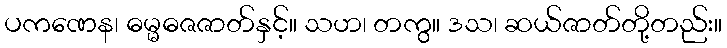
ပကဏေန၊ ဓမ္မဓဇဇာတ်နှင့်။ သဟ၊ တကွ။ ဒသ၊ ဆယ်ဇာတ်တို့တည်း။